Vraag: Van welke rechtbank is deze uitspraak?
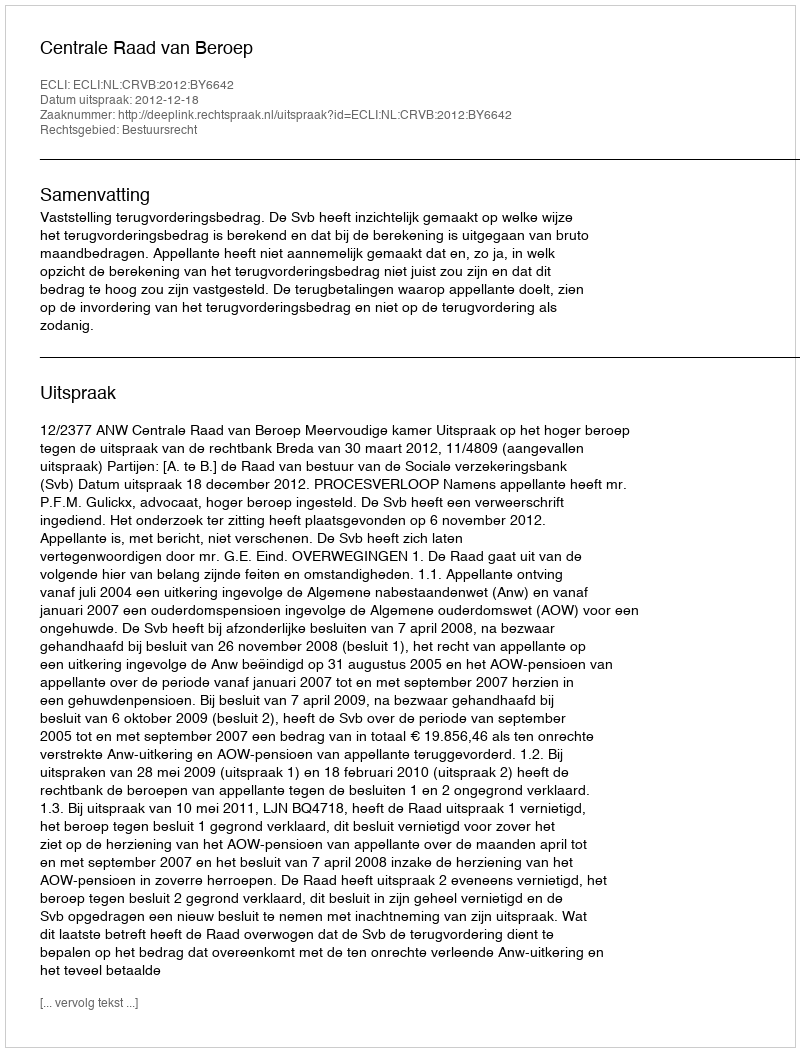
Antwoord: Centrale Raad van Beroep